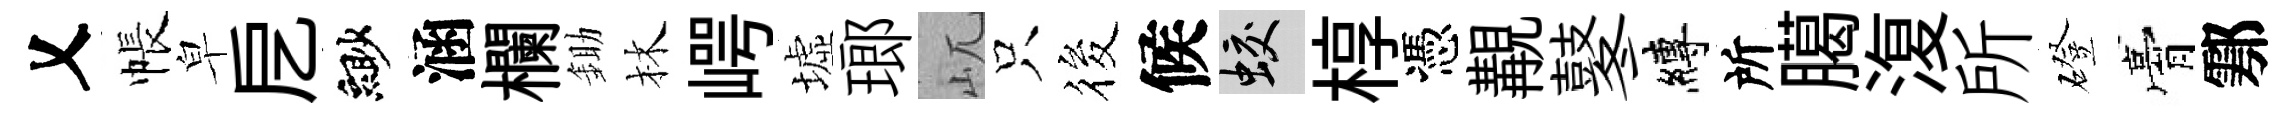
乂帳皁戹緲涵欄鋤林崿墟瑯屼只筱候蛟椁憑覯鼕縛所臈𣸪所磴膏鄠